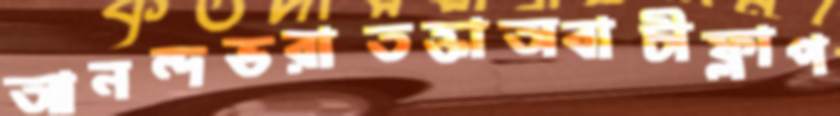
আনন্দভরাতক্তাঅবাচীফ্লাপ